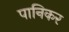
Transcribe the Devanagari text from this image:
पानिकर